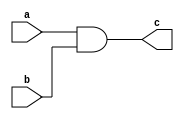
module andGate (
    a,b,c
);
input a,b;
output c;

and a1(c,a,b);
    
endmodule

module andGateTestBench;

reg a,b;
wire c;

andGate i(a,b,c);
initial begin 
    a=1'b0;
    b=1'b0;
    $monitor("Time:%0t a=%b b=%b c=%b", $time, a, b, c);
    #5 a=1'b0; b=1'b0;
    #5 a=1'b0; b=1'b1;
    #5 a=1'b1; b=1'b0;
    #5 a=1'b1; b=1'b1;

end

endmodule